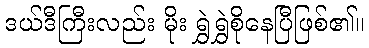
ဒယ်ဒီကြီးလည်း မိုး ရွှဲရွှဲစိုနေပြီဖြစ်၏။